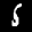
Label: 5